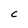
Character: c